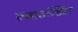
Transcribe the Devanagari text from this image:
एबाउन्डिंग